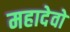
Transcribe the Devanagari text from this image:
महादेवो